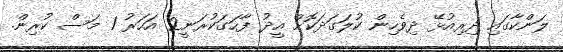
ލަންކާގައި ދިރިއުޅޭ ދިވެހިން ކުލަގަދަކޮށް އީދު ފާހަގަކުރަނީ2 އަހަރު 1 މަސް ކުރިން.